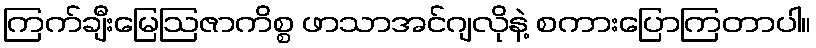
ကြက်ချီးမြေဩဇာကိစ္စ ဖာသာအင်ဂျလိုနဲ့ စကားပြောကြတာပါ။